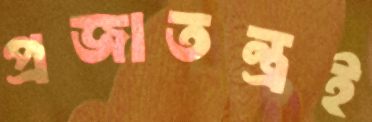
প্রজাতন্ত্রই